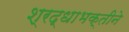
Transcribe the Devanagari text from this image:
श्रद्धाभक्तीने